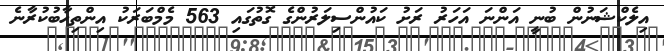
އިލެކްޝަނުން ބުނީ އަންނަ އަހަރު ރަށު ކައުންސިލަރުންގެ ގޮތުގައި 563 މެމްބަރަކު އިންތިހާބުކުރާނެ